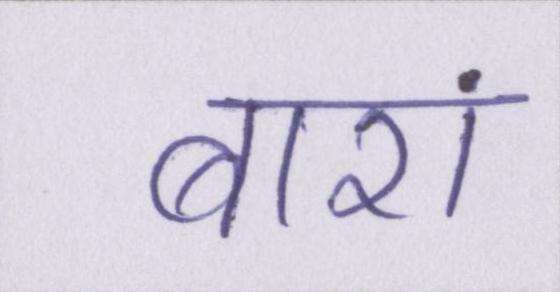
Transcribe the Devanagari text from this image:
बारां